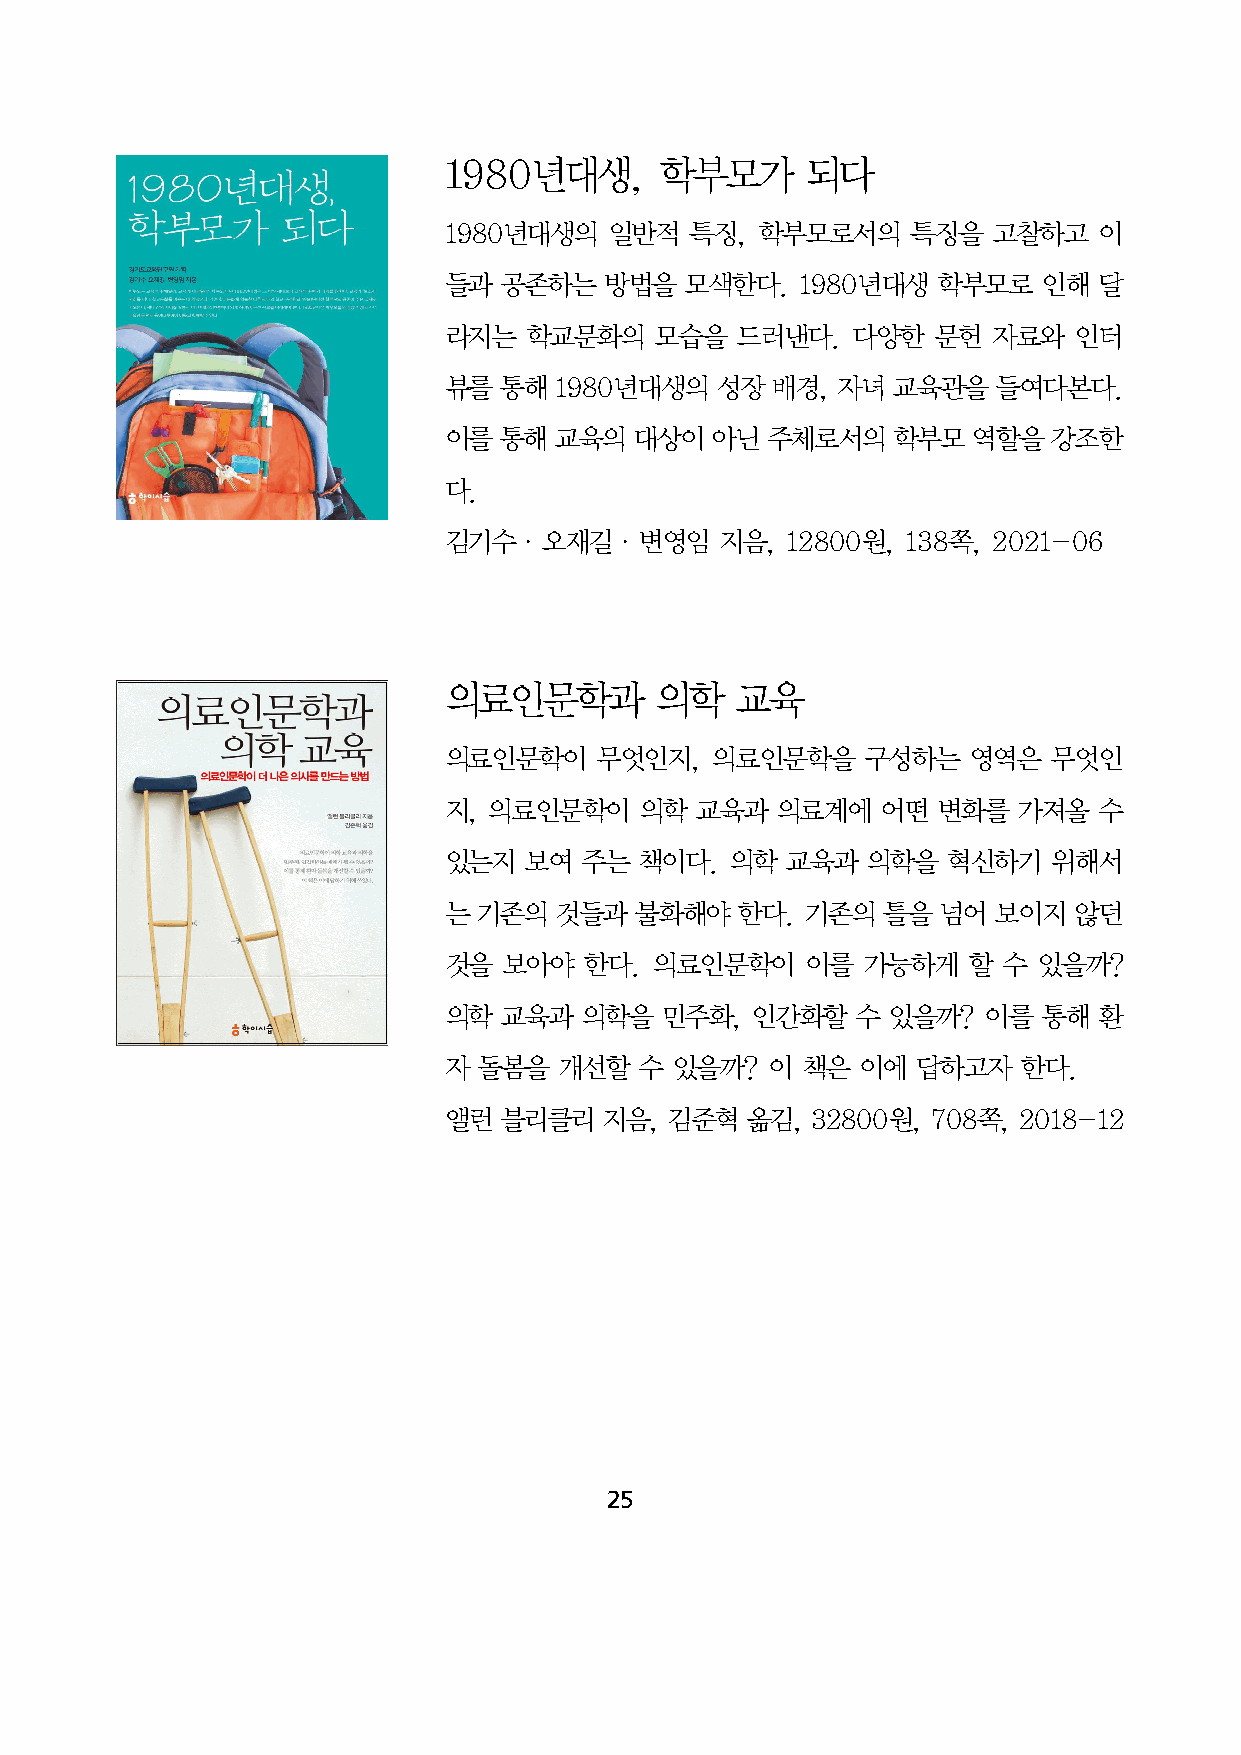
1980년대생,       학부모가     되다
 1980년대생의   일반적   특징, 학부모로서의    특징을   고찰하고   이
 들과  공존하는   방법을  모색한다.   1980년대생  학부모로   인해  달
 라지는   학교문화의   모습을   드러낸다.  다양한   문헌  자료와  인터
 뷰를  통해  1980년대생의  성장  배경, 자녀  교육관을   들여다본다.
 이를  통해  교육의  대상이  아닌  주체로서의   학부모  역할을   강조한
 다.
 김기수·오재길·변영임        지음, 12800원, 138쪽, 2021-06
 의료인문학과        의학    교육
 의료인문학이    무엇인지,   의료인문학을    구성하는   영역은   무엇인
 지, 의료인문학이    의학  교육과  의료계에   어떤  변화를  가져올   수
 있는지   보여 주는  책이다.  의학  교육과  의학을   혁신하기   위해서
 는  기존의  것들과  불화해야   한다. 기존의  틀을  넘어  보이지  않던
 것을  보아야   한다. 의료인문학이    이를  가능하게   할 수  있을까?
 의학  교육과  의학을   민주화,  인간화할   수 있을까?  이를  통해  환
 자  돌봄을  개선할  수  있을까?  이 책은  이에  답하고자   한다.
 앨런  블리클리   지음, 김준혁  옮김,  32800원, 708쪽, 2018-12
 25